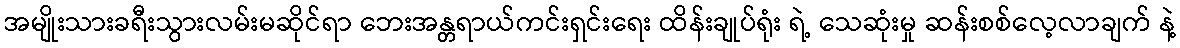
အမျိုးသားခရီးသွားလမ်းမဆိုင်ရာ ဘေးအန္တရာယ်ကင်းရှင်းရေး ထိန်းချုပ်ရုံး ရဲ့ သေဆုံးမှု ဆန်းစစ်လေ့လာချက် နဲ့